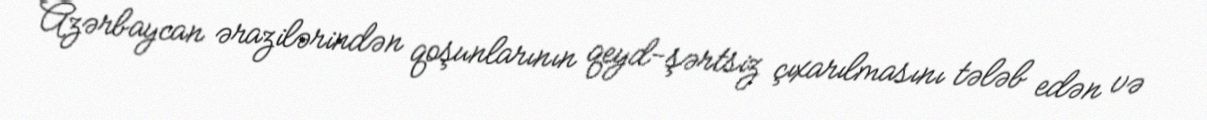
Azərbaycan ərazilərindən qoşunlarının qeyd-şərtsiz çıxarılmasını tələb edən və